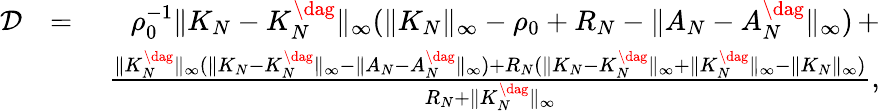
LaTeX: \begin{array}{rlr}{\mathcal{D}}&{=}&{\rho_{0}^{-1}\| K_{N}-K_{N}^{\dag}\| _{\infty}(\| K_{N}\| _{\infty}-\rho_{0}+R_{N}-\| A_{N}-A_{N}^{\dag}\| _{\infty})\, +}\\ &{}&{\; \frac{\| K_{N}^{\dag}\| _{\infty}(\| K_{N}-K_{N}^{\dag}\| _{\infty}-\| A_{N}-A_{N}^{\dag}\| _{\infty})+R_{N}(\| K_{N}-K_{N}^{\dag}\| _{\infty}+\| K_{N}^{\dag}\| _{\infty}-\| K_{N}\| _{\infty})}{R_{N}+\| K_{N}^{\dag}\| _{\infty}},}\end{array}